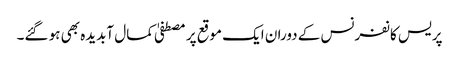
پریس کانفرنس کے دوران ایک موقع پر مصطفیٰ کمال آبدیدہ بھی ہو گئے۔